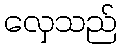
လှေသည်